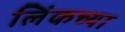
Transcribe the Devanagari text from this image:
लिंकच्या